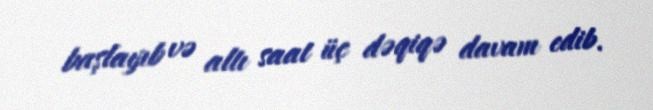
başlayıb və altı saat üç dəqiqə davam edib.